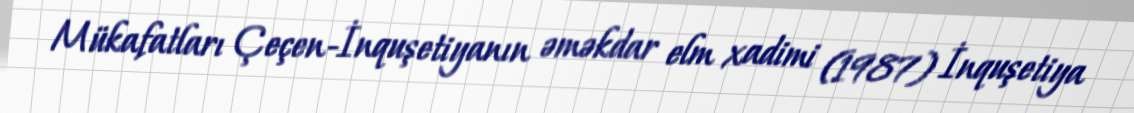
Mükafatları Çeçen-İnquşetiyanın əməkdar elm xadimi (1987) İnquşetiya